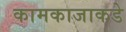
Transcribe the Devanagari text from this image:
कामकाजाकडे